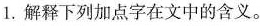
1.解释下列加点字在文中的含义。